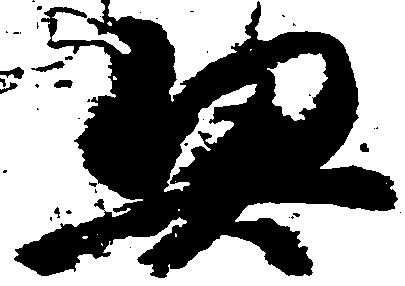
契